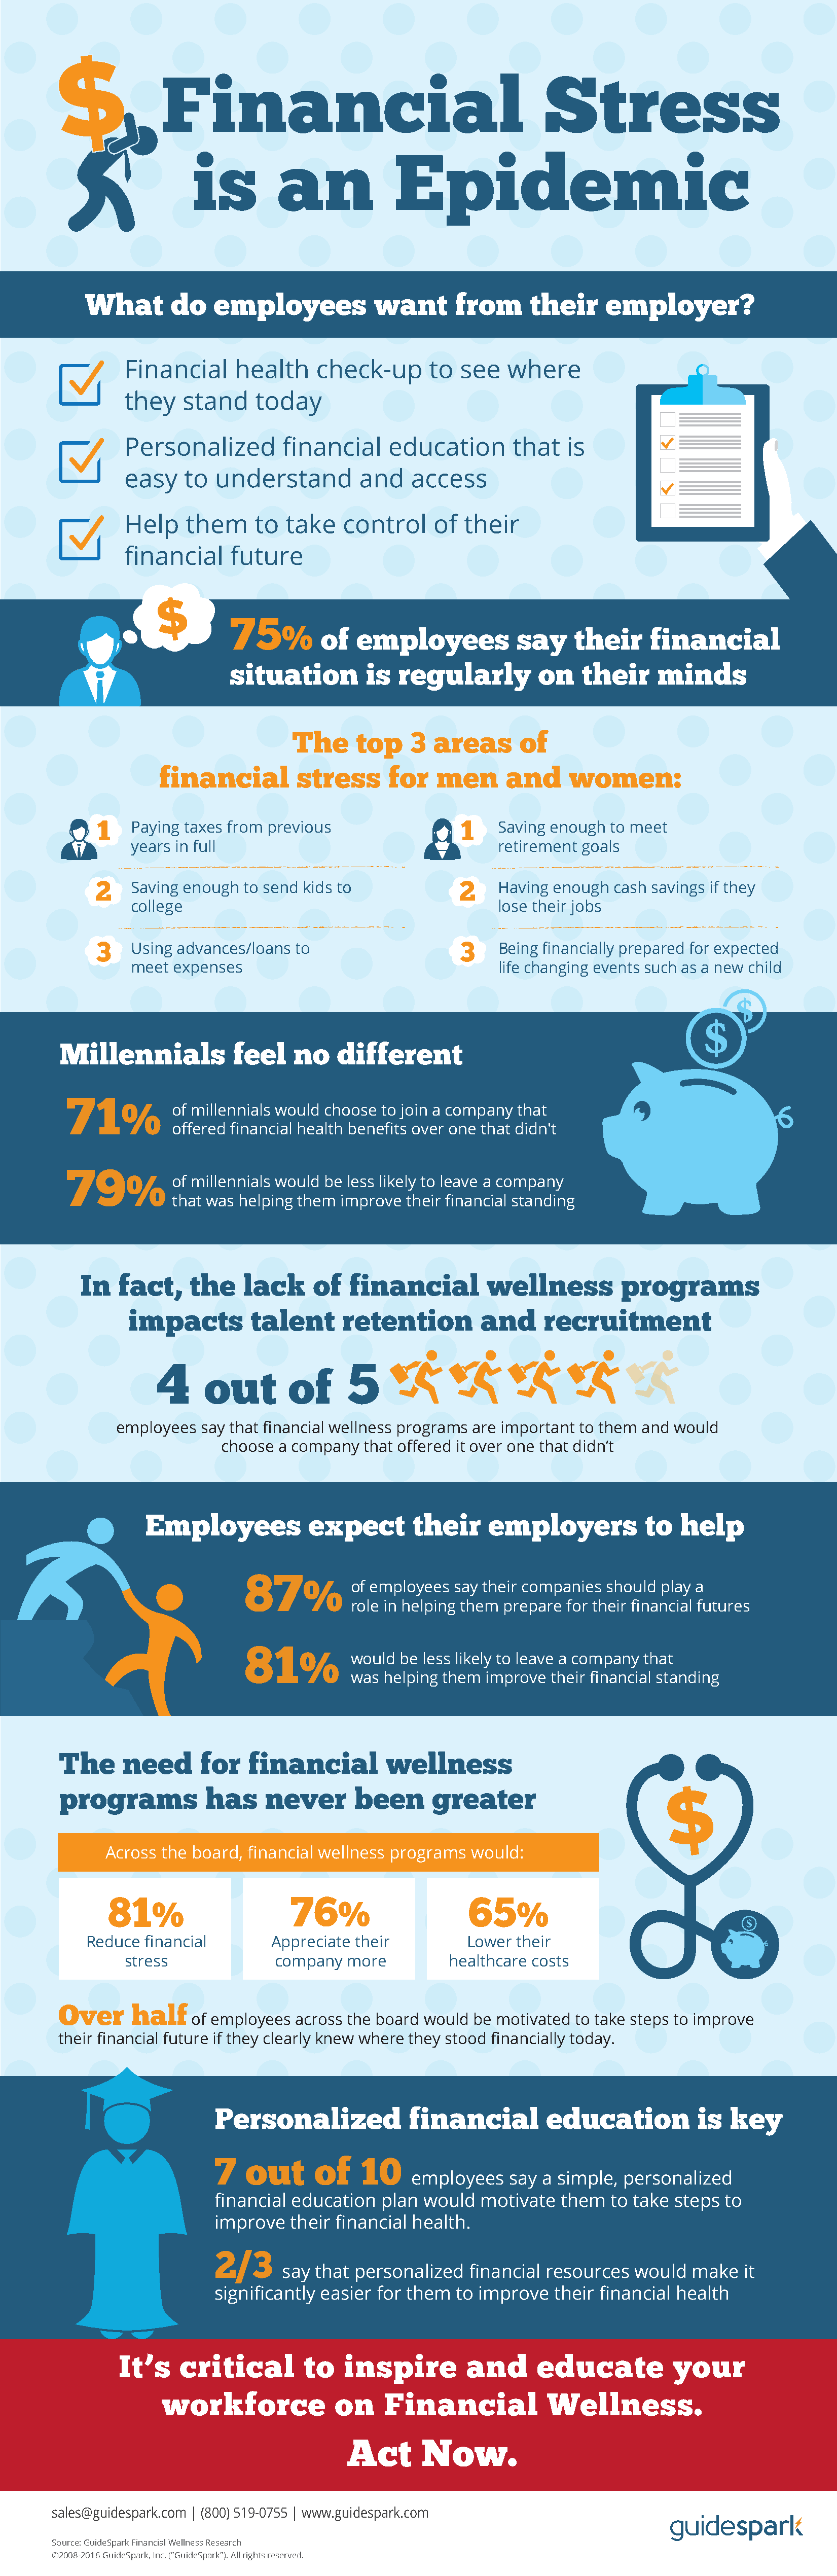
Financial                                         Stress
 is         an             Epidemic
 What       do    employees            want      from      their     employer?
 Financial      health    check-up       to  see   where
 they    stand    today
 Personalized         financial     education       that   is
 easy    to  understand         and    access
 Help    them     to  take    control     of  their
 financial     future
 75
 %    of   employees           say     their     financial
 situation         is  regularly         on    their     minds
 The     top     3  areas      of
 financial         stress      for   men      and     women:
 1   Paying taxes from previous                 11   Saving enough  to meet
 years in full                                   retirement goals
 2    Saving enough  to send kids to             2    Having enough  cash savings if they
 college                                         lose their jobs
 3   Using advances/loans  to                   3    Being financially prepared for expected
 meet  expenses                                  life changing events such as a new child
 Millennials           feel    no    different
 71
 %     of millennials would choose to join a company that
 offered financial health benefits over one that didn't
 79
 %     of millennials would be less likely to leave a company
 that was helping them improve  their financial standing
 In  fact,     the    lack     of   financial         wellness         programs
 impacts         talent      retention         and     recruitment
 4                        5
 out        of
 employees  say that financial wellness programs are important to them and would
 choose a company  that offered it over one that didn’t
 Employees            expect        their     employers           to   help
 87
 %     of employees say their companies should play a
 role in helping them prepare for their financial futures
 81
 %      would be less likely to leave a company that
 was helping them improve  their financial standing
 The     need      for   financial         wellness
 programs           has     never      been      greater
 Across the board, financial wellness programs  would:
 81                      76                     65
 %                       %                      %
 Reduce  financial       Appreciate their          Lower their
 stress              company  more          healthcare costs
 Over     half
 of employees  across the board would be motivated to take steps to improve
 their financial future if they clearly knew where they stood financially today.
 Personalized             financial         education           is  key
 7   out      of    10
 employees   say  a simple, personalized
 financial education   plan would   motivate  them   to take steps  to
 improve   their financial health.
 2/3
 say that personalized   financial resources   would  make   it
 significantly easier for them   to improve  their financial health
 It’s     critical        to   inspire         and      educate           your
 workforce              on    Financial            Wellne         ss.
 Act       Now.
 sales@guidespark.com | (800) 519-0755 | www.guidespark.com
 Source: GuideSpark Financial Wellness Research
 ©2008-2016 GuideSpark, Inc. ("GuideSpark"). All rights reserved.